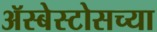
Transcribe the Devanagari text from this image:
ॲस्बेस्टोसच्या